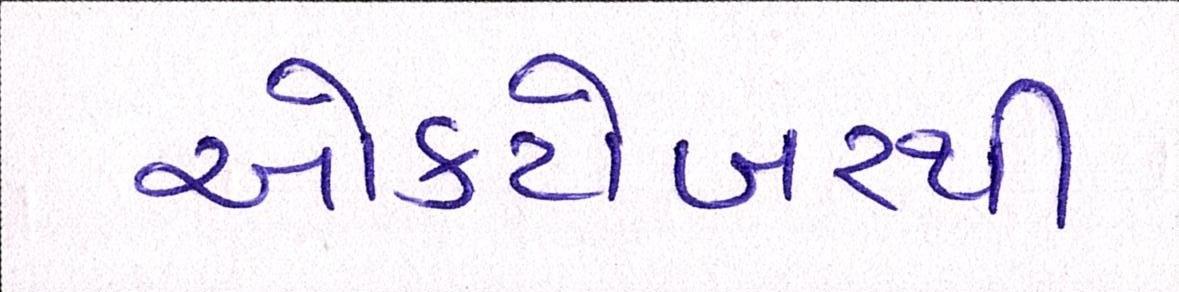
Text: ઓક્ટોબરથી